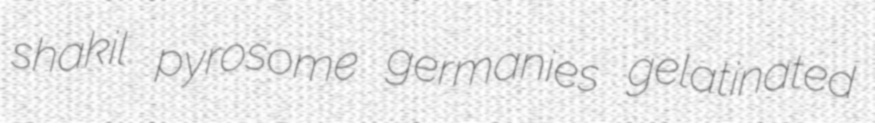
shakil pyrosome germanies gelatinated